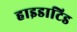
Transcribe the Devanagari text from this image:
हाइडाटिड